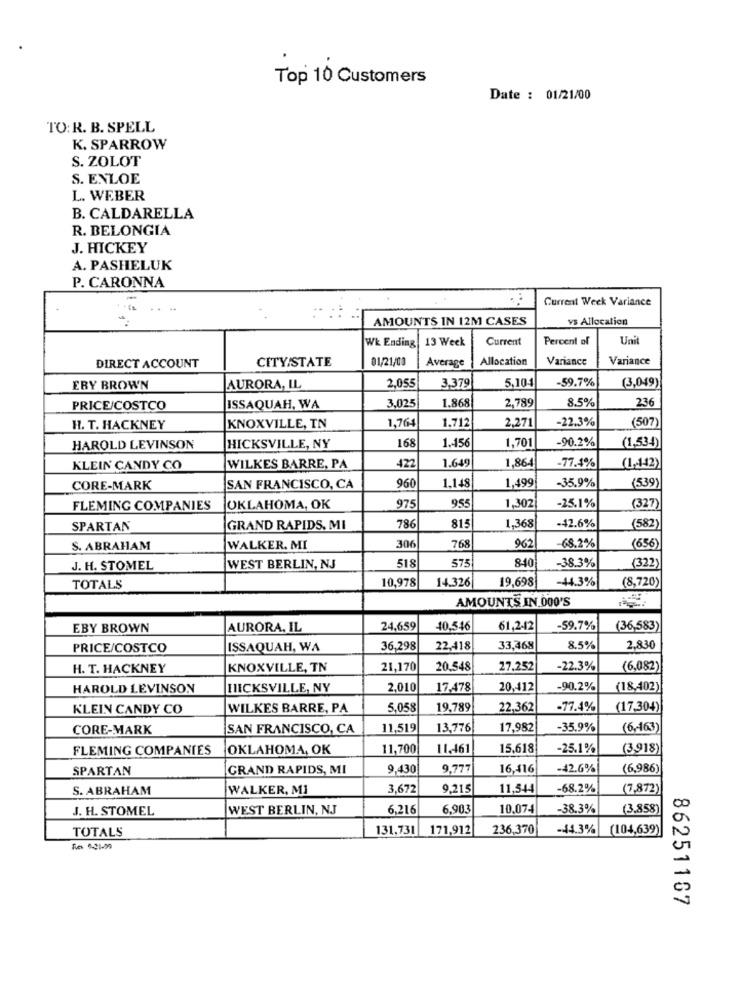
Top 10 Customers
Date : 01/21/00
TO: R. B. SPELL
K. SPARROW
S. ZOLOT
S. ENLOE
L. WEBER
B. CALDARELLA
R. BELONGIA
J. HICKEY
A. PASHELUK
P. CARONNA
Current Week Variance
: :
AMOUNTS IN 12M CASES
vs Allocation
Wk Ending 13 Week
Current
Percent of
Unit
CITY/STATE
01/21/00
Average
Allocation
Variance
Variance
DIRECT ACCOUNT
-59.7%
ERY BROWN
AURORA, IL
2,055
3,379
5,10
(3,049)
3.025
1.868
8.5%
236
PRICE/COSTCO
ISSAQUAH, WA
2,789
1,764
1.712
2,271
-22.3%
(507)
H. T. HACKNEY
KNOXVILLE, IN
168
-90.2%
HAROLD LEVINSON
HICKSVILLE, NY
1.456
1,701
(1,534)
422
1.649
1,864
-77.4%
KLEIN CANDY CO
WILKES BARRE, PA
(1,442)
960
1.148
1,499
(539)
CORE-MARK
SAN FRANCISCO, CA
-35.9%
955
FLEMING COMPANIES
OKLAHOMA, OK
975
1,302
-25.1%
(327)
-42.6%
SPARTAN
GRAND RAPIDS. MI
786
815
1,368
(582)
962
S. ABRAHAM
WALKER. MI
306
768
-68.2%
(656)
518
575
840
-38.3%
J. H. STOMEL
WEST BERLIN, NJ
(322)
10,978
14.326
19,698
-44.3%
(8,720)
TOTALS
AMOUNTS IN 000'S
EBY BROWN
AURORA, IL
24,659
40,546
61,2-42
-59.7%
(36,583)
PRICE/COSTCO
ISSAQUAH, WA
36,298
22,418
33,468
8.5%
2.830
H. T. HACKNEY
KNOXVILLE, TN
21,170
20.548
27,252
-22.3%
(6,082)
HAROLD LEVINSON
HICKSVILLE, NY
2,010
17,478
20,412
-90.2%
(18,402)
KLEIN CANDY CO
WILKES BARRE, PA
5,058
19,789
22,362
-77.4%
(17,304)
CORE-MARK
SAN FRANCISCO, CA
11,519
13,776
17,982
-35.9%
(6,463)
FLEMING COMPANIES
OKLAHOMA, OK
11,700
11,461
15,618
-25.1%
(3,918)
SPARTAN
GRAND RAPIDS, MI
9,430
9.777
16,416
-42.6%
(6,986)
S. ABRAHAM
WALKER, MI
3,672
9,215
11,544
-68.2%
(7,872)
J. H. STOMEL
WEST BERLIN, NJ
6,216
6.903
10,074
-38.3%
(3.858)
TOTALS
131,731 171,912
236,370
-44.3%
(104,639)
86251167